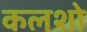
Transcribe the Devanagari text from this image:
कलशो